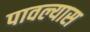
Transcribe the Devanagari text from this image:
पावल्यास